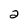
Character: 2